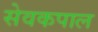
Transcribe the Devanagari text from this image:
सेवकपाल